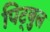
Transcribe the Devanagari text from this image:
पिट्बुल